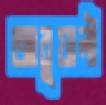
আবুয়ালী